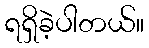
ရရှိခဲ့ပါတယ်။